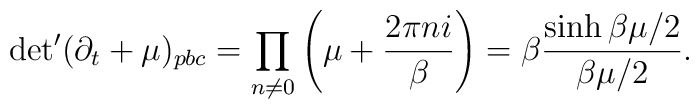
\mbox{det}'(\partial_t+\mu)_{pbc}=\prod_{n\neq 0}\left(\mu+\frac{2\pi n i}{\beta}\right)=\beta\frac{\sinh \beta \mu/2}{\beta\mu/2}.